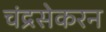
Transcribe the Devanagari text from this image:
चंद्रसेकरन